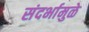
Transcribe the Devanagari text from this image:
संदर्भामुळे